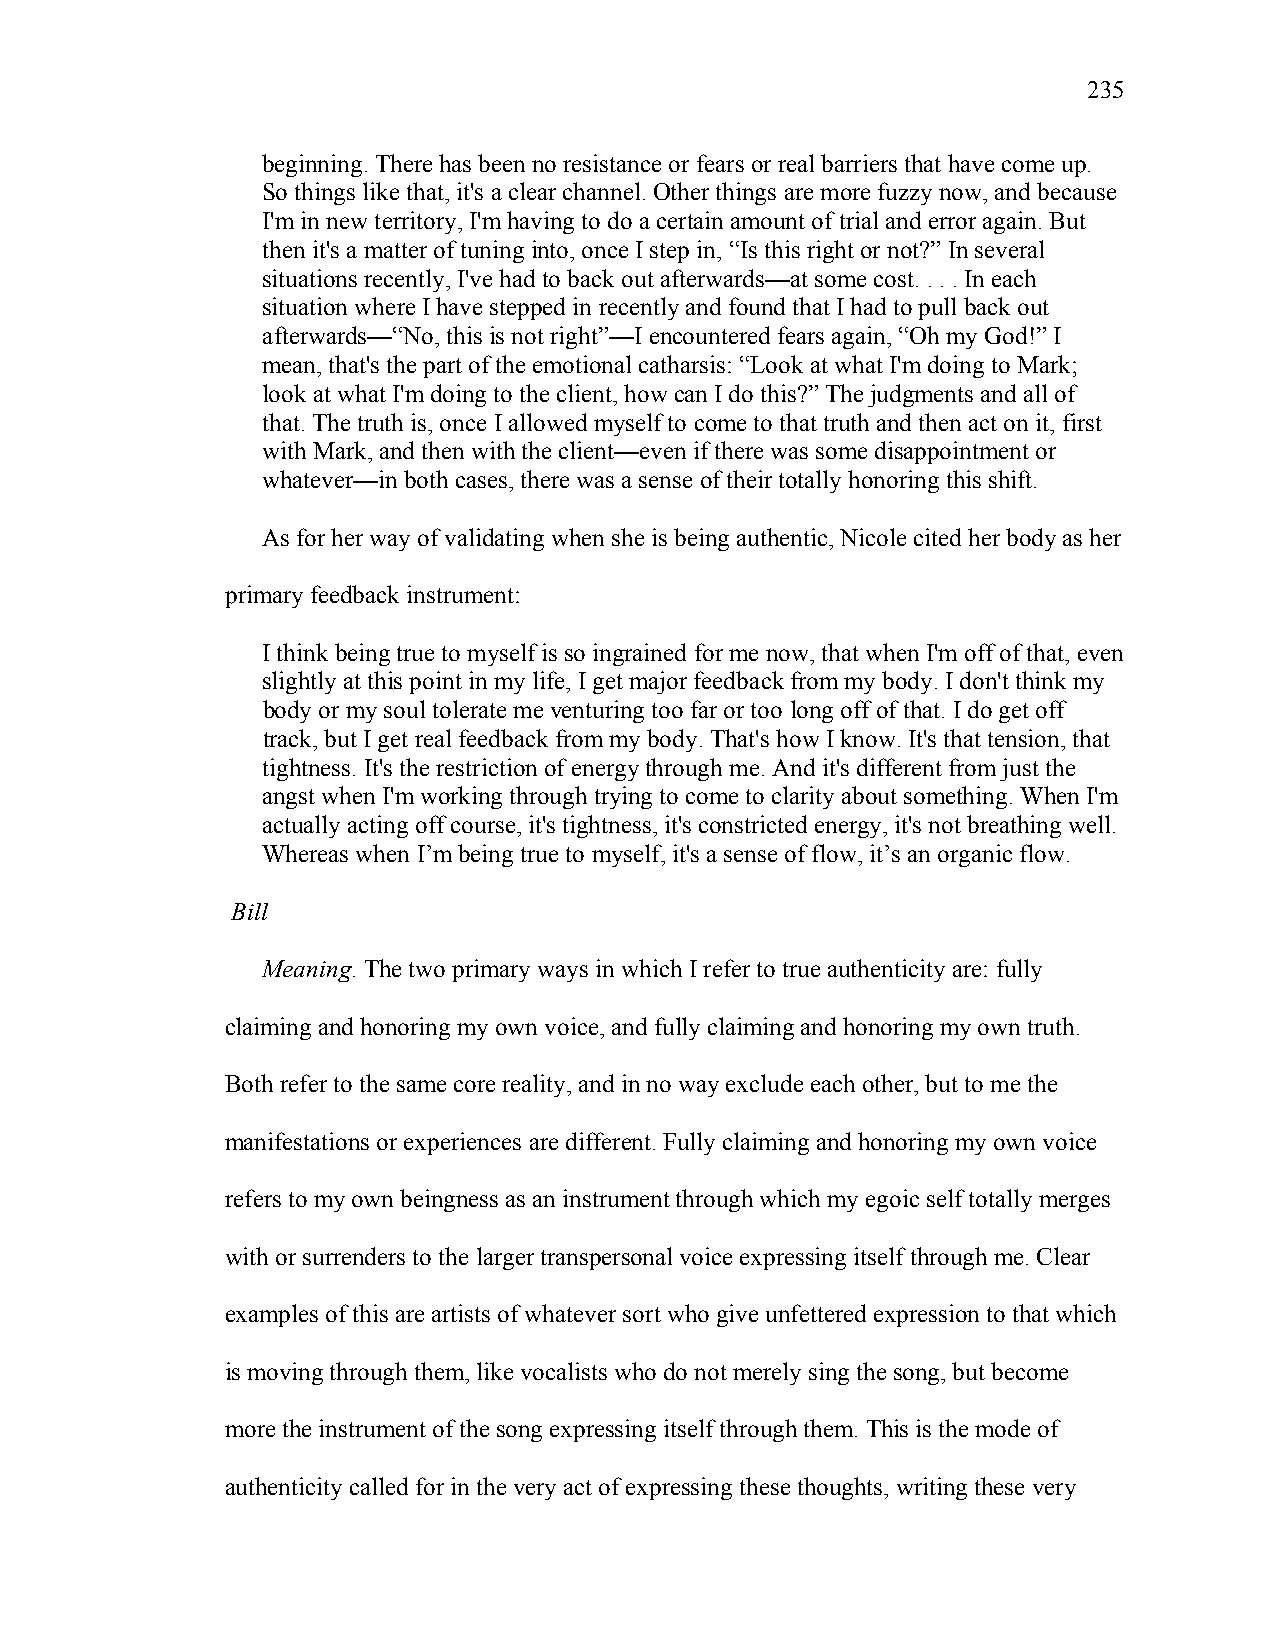
235
 beginning. There has been no resistance or fears or real barriers that have come up.
 So things like that, it's a clear channel. Other things are more fuzzy now, and because
 I'm in new territory, I'm having to do a certain amount of trial and error again. But
 then it's a matter of tuning into, once I step in, “Is this right or not?” In several
 situations recently, I've had to back out afterwards—at some cost. . . . In each
 situation where I have stepped in recently and found that I had to pull back out
 afterwards—“No, this is not right”—I encountered fears again, “Oh my God!” I
 mean, that's the part of the emotional catharsis: “Look at what I'm doing to Mark;
 look at what I'm doing to the client, how can I do this?” The judgments and all of
 that. The truth is, once I allowed myself to come to that truth and then act on it, first
 with Mark, and then with the client—even if there was some disappointment or
 whatever—in both cases, there was a sense of their totally honoring this shift.
 As for her way of validating when she is being authentic, Nicole cited her body as her
 primary feedback instrument:
 I think being true to myself is so ingrained for me now, that when I'm off of that, even
 slightly at this point in my life, I get major feedback from my body. I don't think my
 body or my soul tolerate me venturing too far or too long off of that. I do get off
 track, but I get real feedback from my body. That's how I know. It's that tension, that
 tightness. It's the restriction of energy through me. And it's different from just the
 angst when I'm working through trying to come to clarity about something. When I'm
 actually acting off course, it's tightness, it's constricted energy, it's not breathing well.
 Whereas when I’m being true to myself, it's a sense of flow, it’s an organic flow.
 Bill
 Meaning. The two primary ways in which I refer to true authenticity are: fully
 claiming and honoring my own voice, and fully claiming and honoring my own truth.
 Both refer to the same core reality, and in no way exclude each other, but to me the
 manifestations or experiences are different. Fully claiming and honoring my own voice
 refers to my own beingness as an instrument through which my egoic self totally merges
 with or surrenders to the larger transpersonal voice expressing itself through me. Clear
 examples of this are artists of whatever sort who give unfettered expression to that which
 is moving through them, like vocalists who do not merely sing the song, but become
 more the instrument of the song expressing itself through them. This is the mode of
 authenticity called for in the very act of expressing these thoughts, writing these very